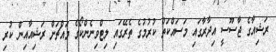
ރަޝިއާގެ ޖާސޫސީ އިދާރާގައި މަސައްކަތް ކުރުމުގެ ތެރޭގައި ލިޓްވިނެންކޯގެ މައްޗަށް ރަޝިއާއިން ކުރި